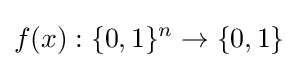
f(x):\{0,1\}^{n}\rightarrow \{0,1\}